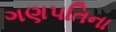
ગણપતિના